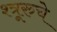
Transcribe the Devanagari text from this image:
श्त्रूरुचे